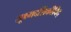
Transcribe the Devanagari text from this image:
सूक्ष्मदर्शिकीविद्